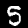
Label: 5